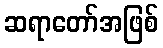
ဆရာတော်အဖြစ်